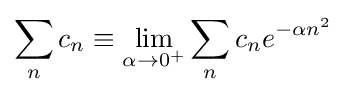
\sum _{n}c_{n}\equiv \lim _{\alpha \to 0^{+}}\sum _{n}c_{n}e^{-\alpha n^{2}}